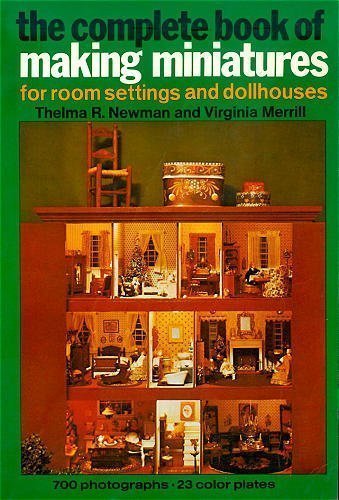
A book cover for The Complete Book of Making Miniatures; Thelma R. Newman; Crafts, Hobbies & Home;